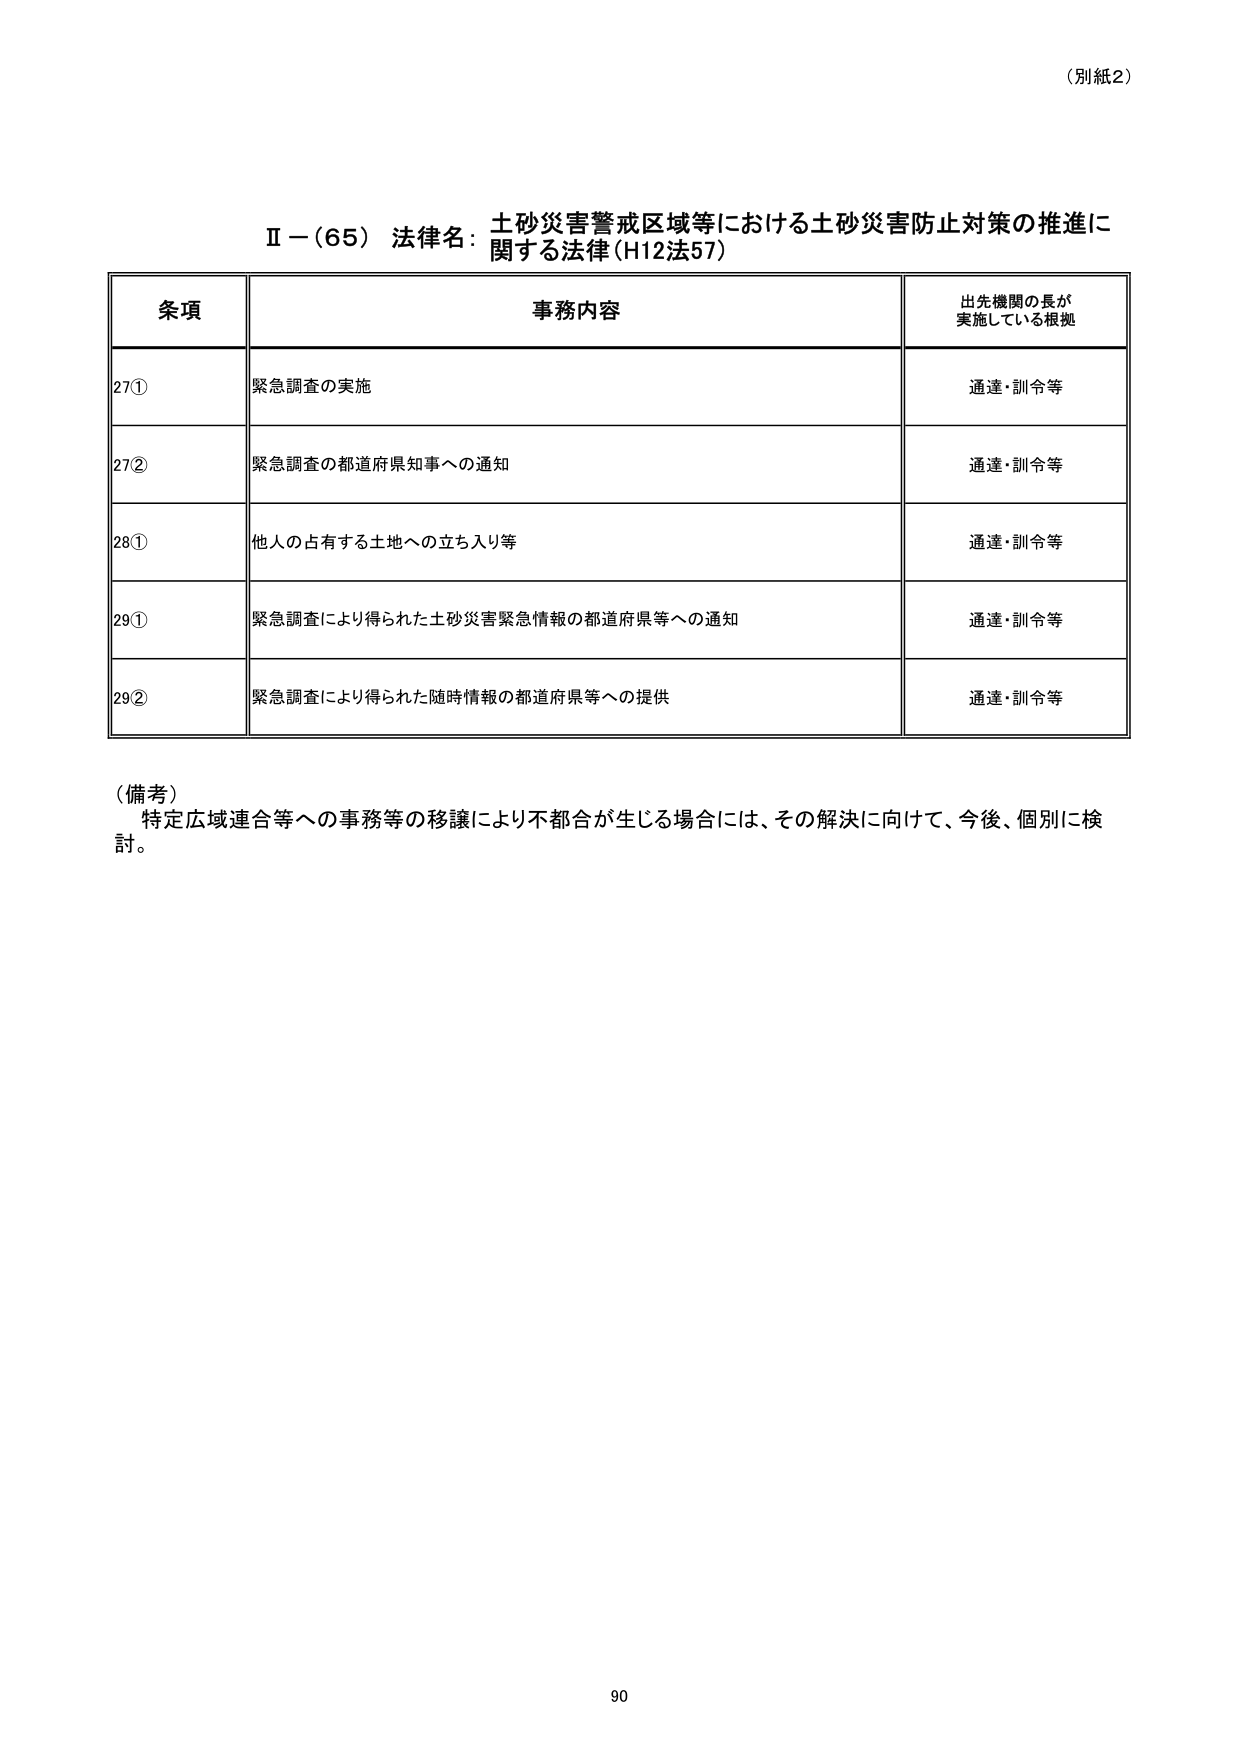
（別紙2）

Ⅱ－（65） 法律名：土砂災害警戒区域等における土砂災害防止対策の推進に関する法律（H12法57）

条項 事務内容 出先機関の長が実施している根拠
27① 緊急調査の実施 通達・訓令等
27② 緊急調査の都道府県知事への通知 通達・訓令等
28① 他人の占有する土地への立ち入り等 通達・訓令等
29① 緊急調査により得られた土砂災害緊急情報の都道府県等への通知 通達・訓令等
29② 緊急調査により得られた随時情報の都道府県等への提供 通達・訓令等

（備考）
特定広域連合等への事務等の移譲により不都合が生じる場合には、その解決に向けて、今後、個別に検討。

90